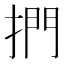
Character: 捫